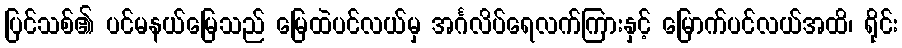
ပြင်သစ်၏ ပင်မနယ်မြေသည် မြေထဲပင်လယ်မှ အင်္ဂလိပ်ရေလက်ကြားနှင့် မြောက်ပင်လယ်အထိ၊ ရိုင်း